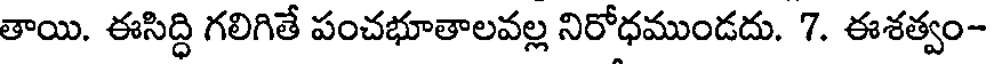
తాయి. ఈసిద్ధి గలిగితే పంచభూతాలవల్ల నిరోధముండదు. 7. ఈశత్వం-